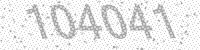
Solution: 104041